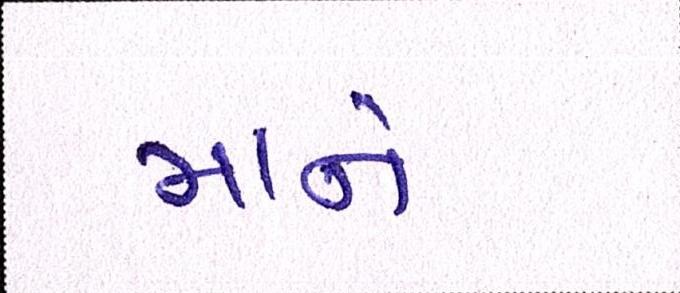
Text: માને